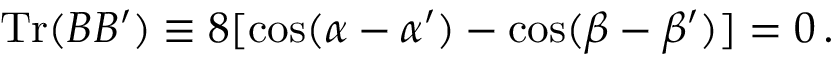
\mathrm { T r } ( B B ^ { \prime } ) \equiv 8 [ \cos ( \alpha - \alpha ^ { \prime } ) - \cos ( \beta - \beta ^ { \prime } ) ] = 0 \, .